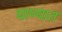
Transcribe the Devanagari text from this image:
घाण्यात